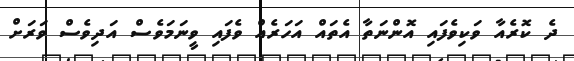
ދެ ކޮރެއާ ވަކިވެފައި އޮންނަތާ އެތައް އަހަރެއް ވެފައި ވީނަމަވެސް އަދިވެސް ވަރަށް